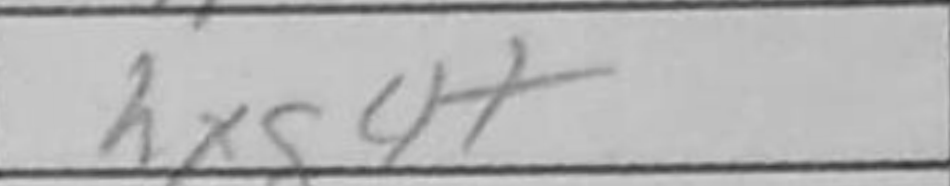
Transcription: hxg4+